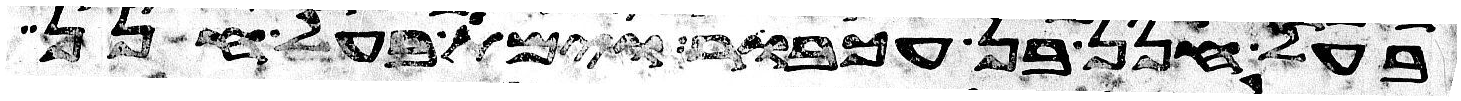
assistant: בעל חנן בן עכבור וימת בעל חנן